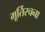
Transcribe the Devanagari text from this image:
मूर्तिरचना